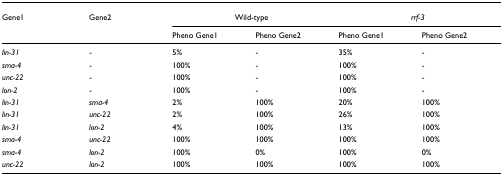
| Gene1 | Gene2 | <COLSPAN=2> Wild-type | <COLSPAN=2> rrf-3 |
 |  |  | Pheno Gene1 | Pheno Gene2 | Pheno Gene1 | Pheno Gene2 |
 | --- | --- | --- | --- | --- | --- |
 | lin-31 | - | 5% | - | 35% | - |
 | sma-4 | - | 100% | - | 100% | - |
 | unc-22 | - | 100% | - | 100% | - |
 | lon-2 | - | 100% | - | 100% | - |
 | lin-31 | sma-4 | 2% | 100% | 20% | 100% |
 | lin-31 | unc-22 | 2% | 100% | 26% | 100% |
 | lin-31 | lon-2 | 4% | 100% | 13% | 100% |
 | sma-4 | unc-22 | 100% | 100% | 100% | 100% |
 | sma-4 | lon-2 | 100% | 0% | 100% | 0% |
 | unc-22 | lon-2 | 100% | 100% | 100% | 100% |